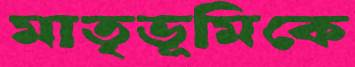
মাতৃভূমিকে